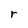
Character: r